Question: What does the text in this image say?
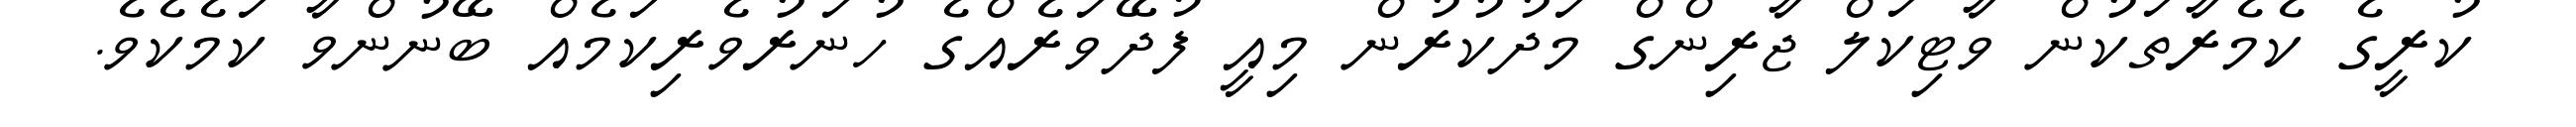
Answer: ކުރީގެ ކެމެރާތަކުން ވާޓިކަލް ޖާރިންގް މަދުކުރުން މިއީ ފުދޭވަރެއްގެ ހުނަރުވެރިކަމެއް ބޭނުންވާ ކަމެކެވެ.